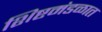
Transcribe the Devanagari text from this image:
शिष्टमंडळात